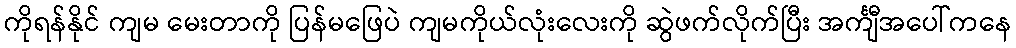
ကိုရန်နိုင် ကျမ မေးတာကို ပြန်မဖြေပဲ ကျမကိုယ်လုံးလေးကို ဆွဲဖက်လိုက်ပြီး အင်္ကျီအပေါ်ကနေ